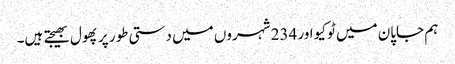
ہم جاپان میں ٹوکیو اور 234 شہروں میں دستی طور پر پھول بھیجتے ہیں۔